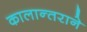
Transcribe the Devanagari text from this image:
कालान्तराने